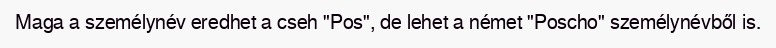
Maga a személynév eredhet a cseh "Pos", de lehet a német "Poscho" személynévből is.